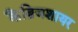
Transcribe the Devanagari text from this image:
कैंब्रिजशायर